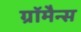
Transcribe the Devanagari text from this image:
ग्रॉमैन्स